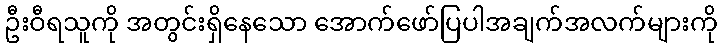
ဦးဝီရသူကို အတွင်းရှိနေသော အောက်ဖော်ပြပါအချက်အလက်များကို